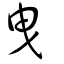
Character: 曵